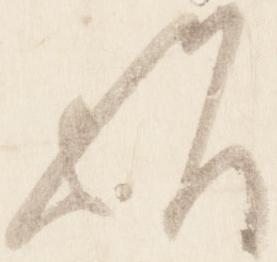
歟